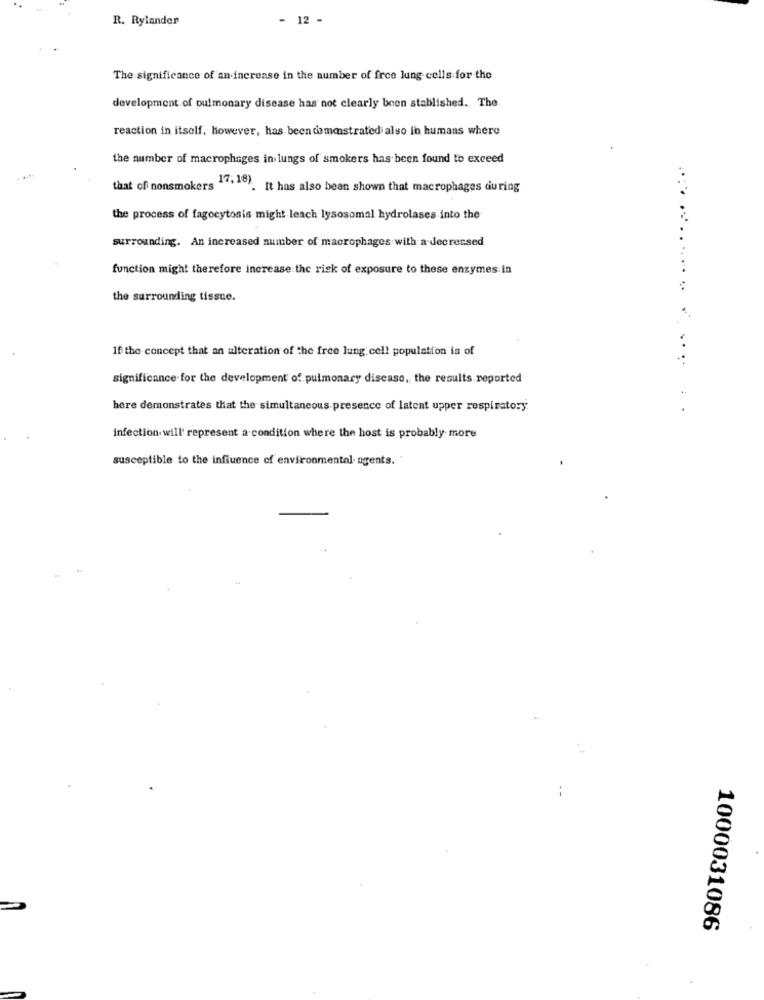
R. Rylander
- 12 -
The significance of an increase in the number of free lung cells for the
development of pulmonary disease has not clearly been stablished. The.
reaction in itself, however, has been demonstrated also in humans where
the number of macrophages in lungs of smokers has been found to exceed
that of nonsmokers 14,10). It has also been shown that macrophages during
the process of fagocytosis might leach lysosomal hydrolases into the
surrounding. An increased number of macrophages with a decreased
function might therefore increase the risk of exposure to these enzymes in
the surrounding tissue.
If the concept that an alteration of the free lung. cell population is of
....
significance for the development of pulmonary disease, the results reported
here demonstrates that the simultaneous presence of latent upper respiratory.
.
infection will' represent a condition where the host is probably more
susceptible to the influence of environmental agents.
1000031086